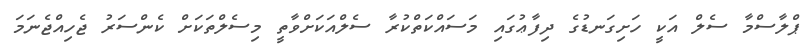
ޕްލާސްމާ ސެލް އަކީ ހަށިގަނޑުގެ ދިފާޢުގައި މަސައްކަތްކުރާ ސެލްއަކަށްވާތީ މިސެލްތަކަށް ކެންސަރު ޖެހިއްޖެނަމަ